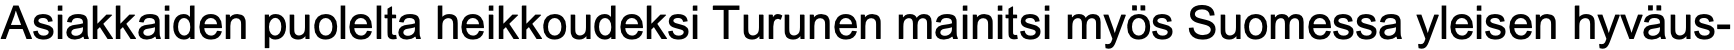
Asiakkaiden puolelta heikkoudeksi Turunen mainitsi myös Suomessa yleisen hyväus-